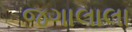
જગાલાલા